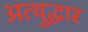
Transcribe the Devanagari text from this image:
अत्थुद्धार